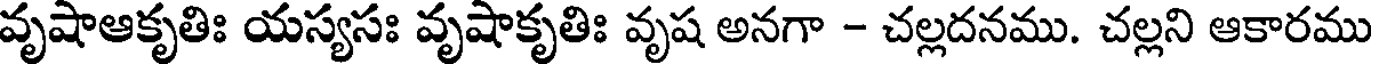
వృషాఆకృతిః యస్యసః వృషాకృతిః వృష అనగా - చల్లదనము. చల్లని ఆకారము